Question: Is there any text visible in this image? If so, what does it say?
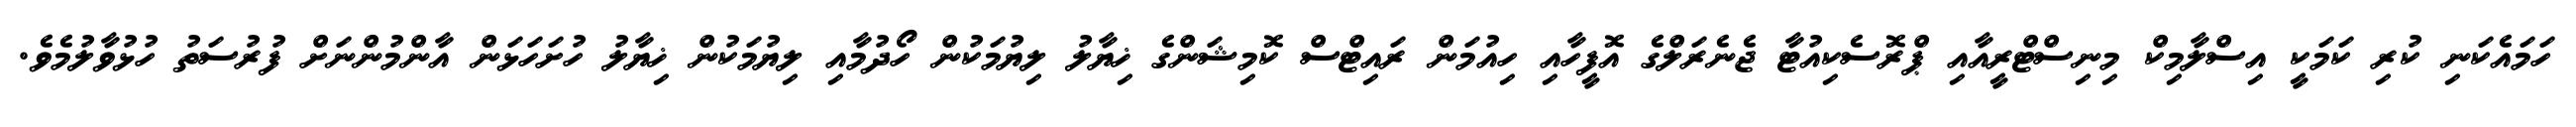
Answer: ހަމައެކަނި ކުރި ކަމަކީ އިސްލާމިކް މިނިސްޓްރީއާއި ޕްރޮސެކިއުޓާ ޖެނެރަލްގެ އޮފީހާއި ހިއުމަން ރައިޓްސް ކޮމިޝަންގެ ޚިޔާލު ލިޔުމަކުން ހޯދުމާއި ލިޔުމަކުން ޚިޔާލު ހުށަހަޅަން އާންމުންނަށް ފުރުސަތު ހުޅުވާލުމެވެ.